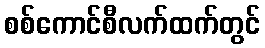
စစ်ကောင်စီလက်ထက်တွင်